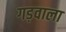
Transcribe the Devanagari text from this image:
गड़वाला